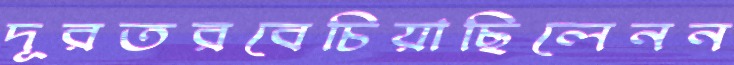
দূরতরবেচিয়াছিলেনন